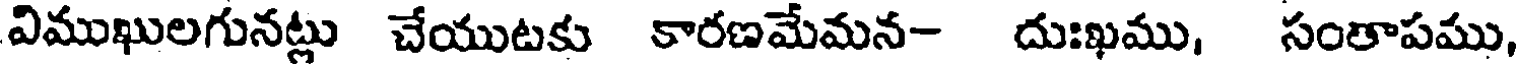
విముఖులగునట్లు చేయుటకు కారణమేమన- దుఃఖము, సంతాపము,